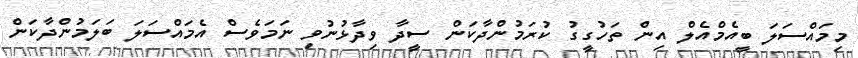
މިމައްސަލަ ބީއެމްއެލް އިން ތަހުގީގު ކުރަމުންދާކަން ސީދާ ވިދާޅުނުވި ނަމަވެސް އެމައްސަލަ ބަލަމުންދާކަން